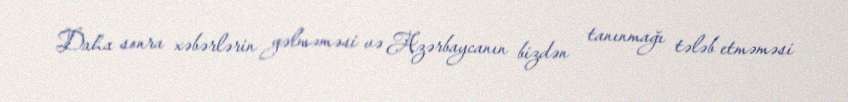
Daha sonra xəbərlərin gəlməməsi və Azərbaycanın bizdən tanınmağı tələb etməməsi